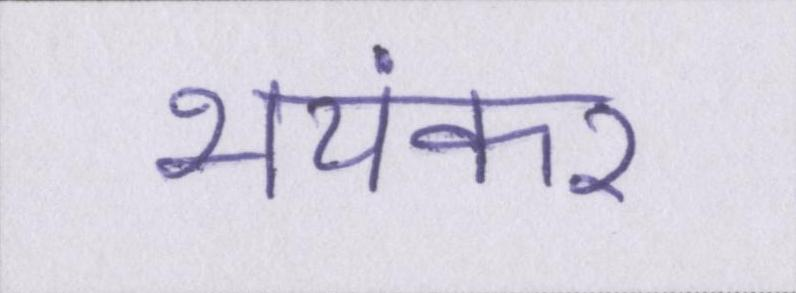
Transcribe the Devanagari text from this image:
भयंकर